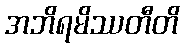
အဘိရမိဿတီတိ